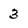
Character: 3